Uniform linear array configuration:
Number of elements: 16
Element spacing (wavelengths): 0.5
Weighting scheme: blackman
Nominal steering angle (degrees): -15
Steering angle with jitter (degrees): -13.316
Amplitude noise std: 0.05
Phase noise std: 0.05

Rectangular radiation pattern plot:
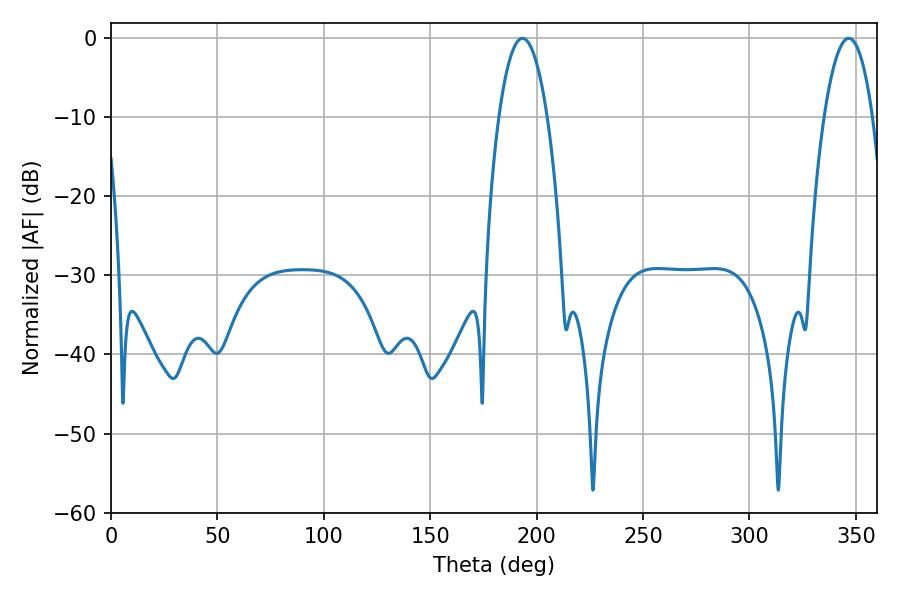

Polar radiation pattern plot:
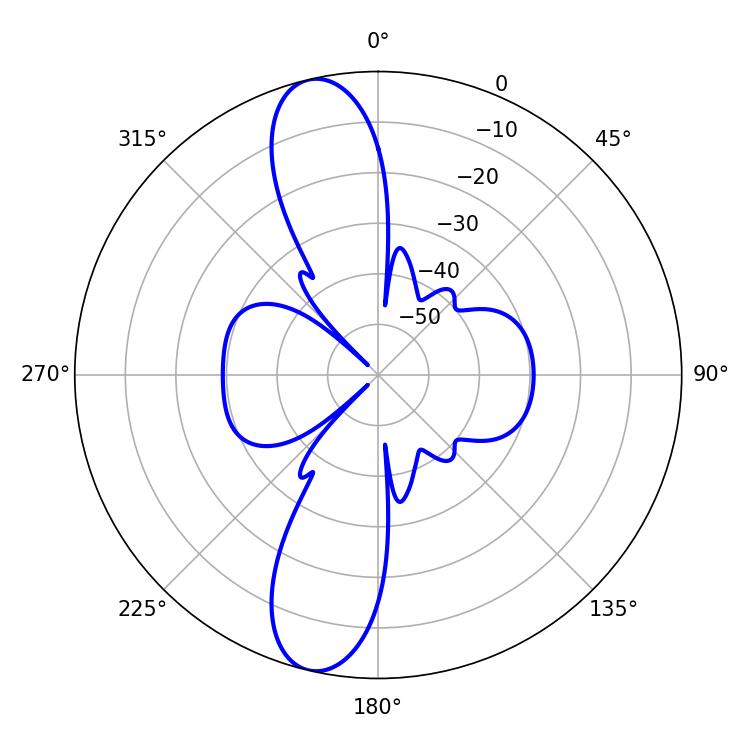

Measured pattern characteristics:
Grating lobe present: FALSE
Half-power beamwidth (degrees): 12.78
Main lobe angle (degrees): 193.32